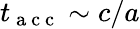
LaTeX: t_{\mathrm{~a~c~c~}}\sim c/a